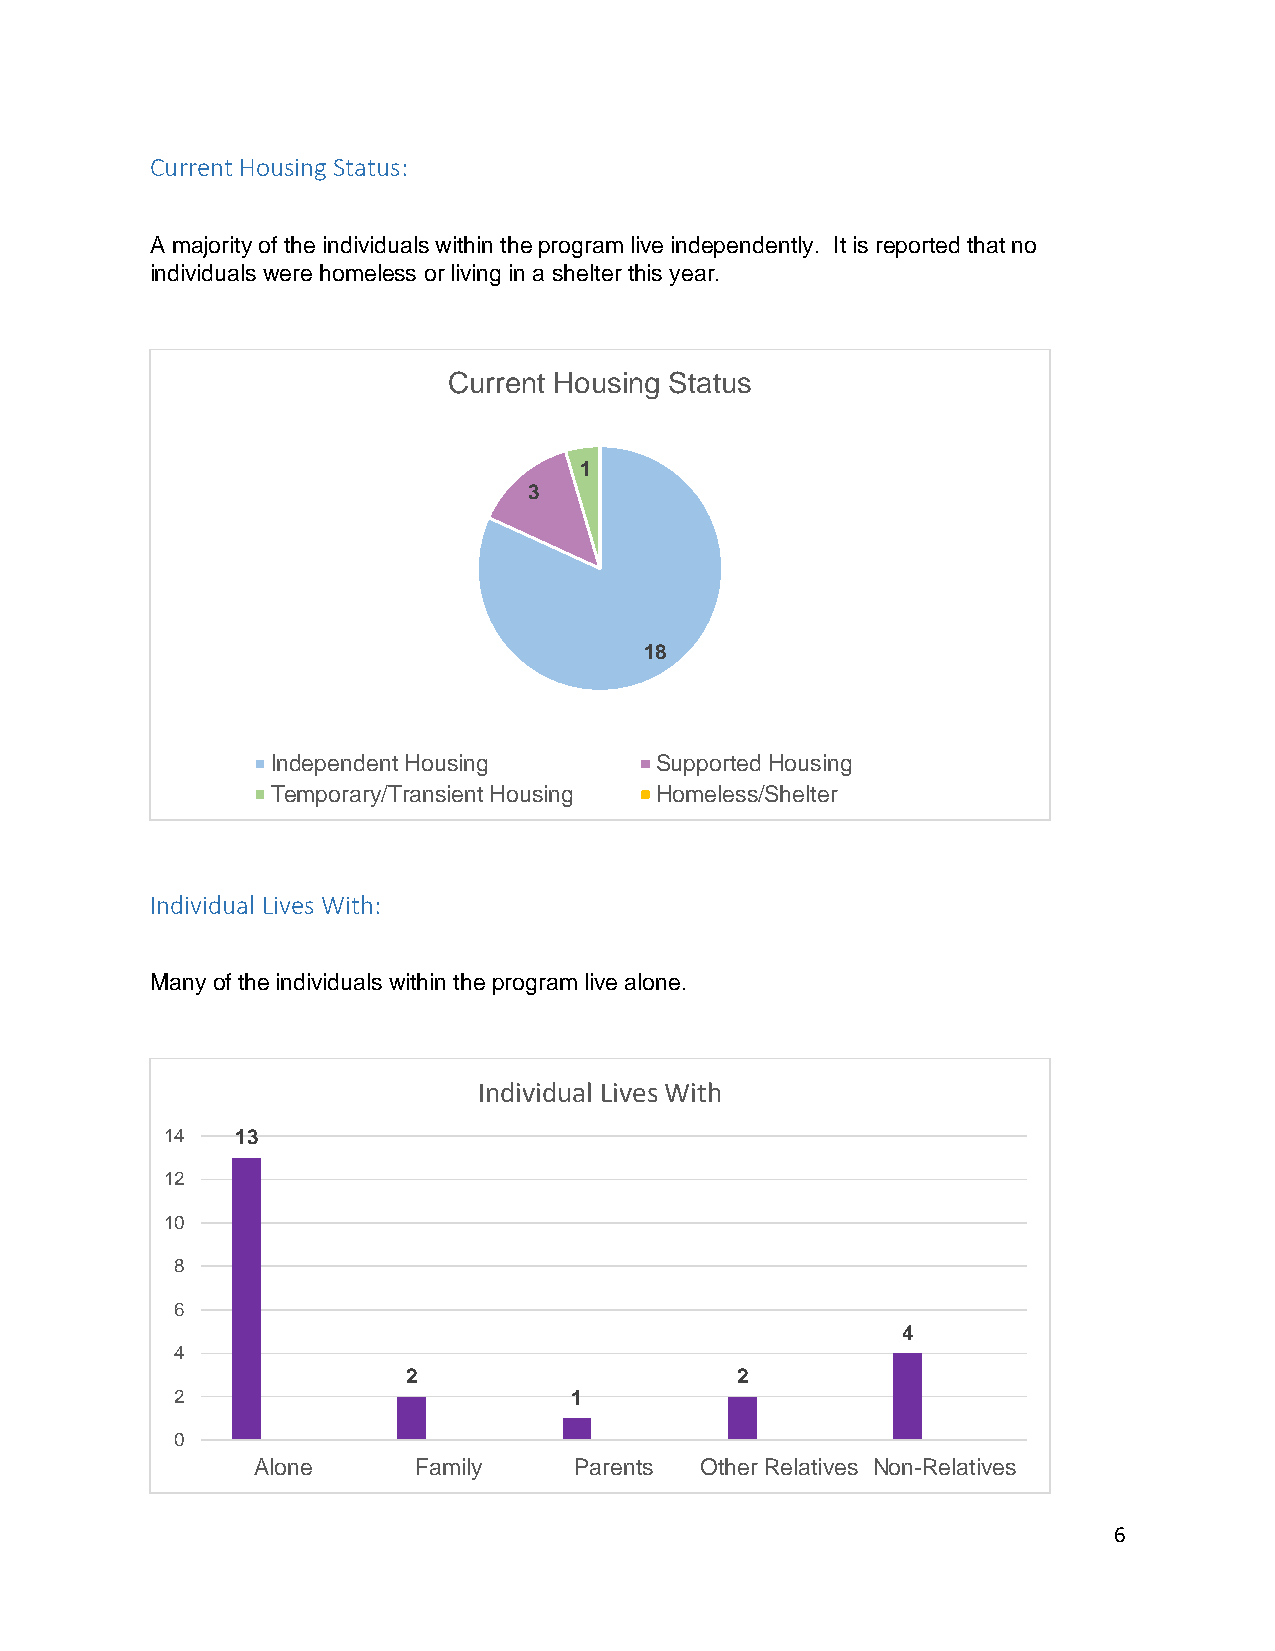
Current Housing Status:
 A majority of the individuals within the program live independently. It is reported that no
 individuals were homeless or living in a shelter this year.
 Current Housing Status
 1
 3
 18
 Independent Housing      Supported Housing
 Temporary/Transient Housing Homeless/Shelter
 Individual Lives With:
 Many of the individuals within the program live alone.
 Individual Lives With
 14   13
 12
 10
 8
 6
 4
 4
 2                     2
 2                         1
 0
 Alone     Family     Parents Other Relatives Non-Relatives
 6